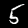
Label: 5